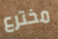
مخترع